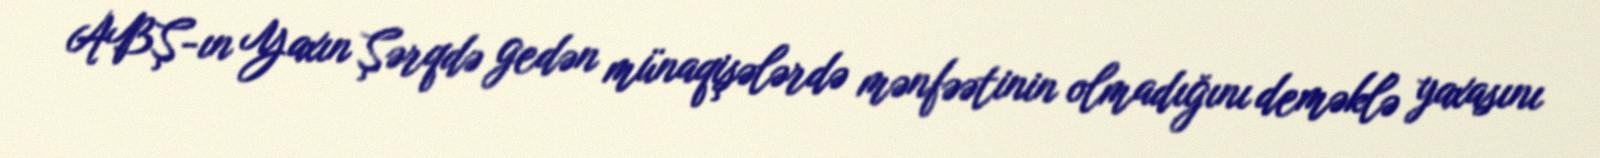
ABŞ-ın Yaxın Şərqdə gedən münaqişələrdə mənfəətinin olmadığını deməklə yaxasını